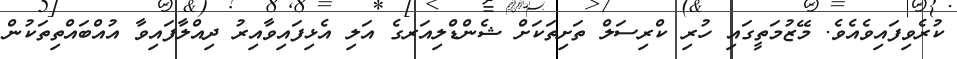
ކުރެވިފައިވެއެވެ. މޭޒުމަތީގައި ހުރި ކްރިސަލް ތަށިތަކަށް ޝެންޑްލިއަރގެ އަލި އެޅިފައިވާއިރު ދިއްލާފައިވާ އުއްބައްތިތަކުން